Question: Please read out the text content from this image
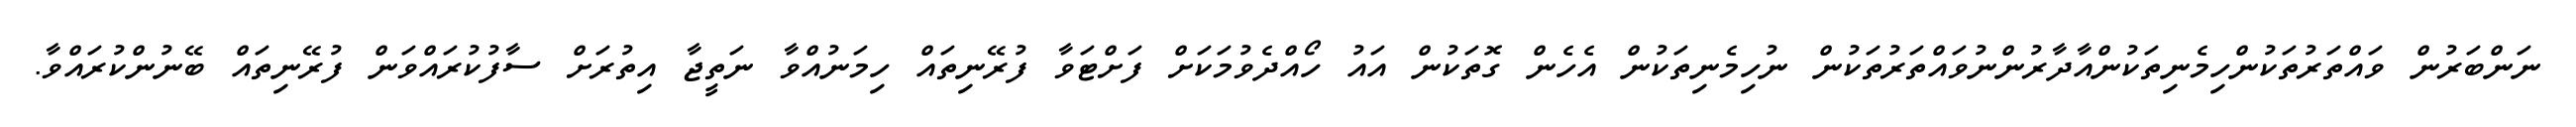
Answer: ނަންބަރުން ވައްތަރުތަކުންހިމެނިތަކުންއާދާރުންނުވައްތަރުތަކުން ނުހިމެނިތަކުން އެހެން ގޮތަކުން އައު ހޯއްދެވުމަކަށް ފަށްޓަވާ ފުރޭނިތައް ހިމަނުއްވާ ނަތީޖާ އިތުރަށް ސާފުކުރައްވަން ފުރޭނިތައް ބޭނުންކުރައްވާ.